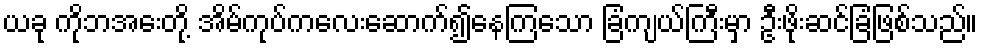
ယခု ကိုဘအေးတို့ အိမ်ကုပ်ကလေးဆောက်၍နေကြသော ခြံကျယ်ကြီးမှာ ဦးဖိုးဆင်ခြံဖြစ်သည်။